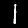
Digit: 1